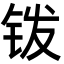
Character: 䥽